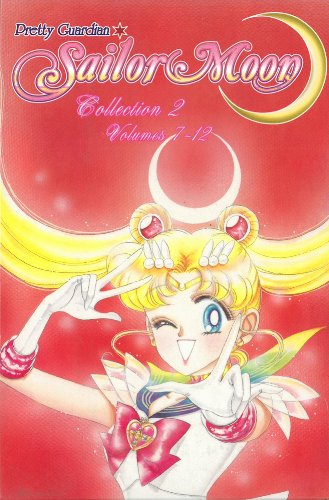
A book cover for Sailor Moon Box Set 2 (Vol. 7-12); Naoko Takeuchi; Comics & Graphic Novels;